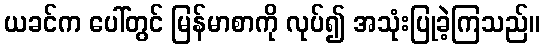
ယခင်က ပေါ်တွင် မြန်မာစာကို လုပ်၍ အသုံးပြုခဲ့ကြသည်။